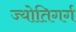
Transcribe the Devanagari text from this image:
ज्योतिगर्ग